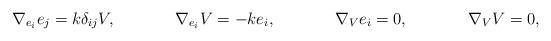
LaTeX: \begin{align*}\nabla_{e_{i}}e_{j}=k\delta_{ij}V, \phantom{XXXX} \nabla_{e_{i}}V=-ke_{i}, \phantom{XXXX} \nabla_{V}e_{i}=0, \phantom{XXXX} \nabla_{V}V=0,\end{align*}